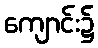
ကျောင်း၌